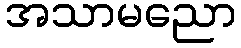
အသာမညော